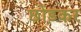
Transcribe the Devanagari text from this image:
छोंड़कर